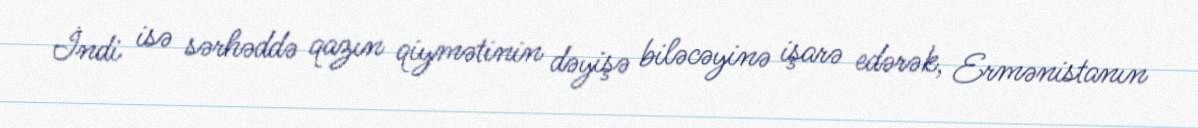
İndi isə sərhəddə qazın qiymətinin dəyişə biləcəyinə işarə edərək, Ermənistanın